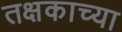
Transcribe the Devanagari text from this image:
तक्षकाच्या